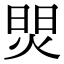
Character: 焸